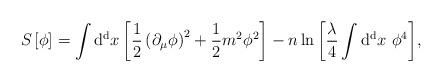
LaTeX: \begin{align*}S \left[ \phi \right] = \int {\rm d^d} x \left[ {1 \over 2} \left( \partial_{\mu} \phi \right)^2 + {1 \over 2} m^2 \phi^2 \right] - n \ln{ \left[ {\lambda \over 4} \int {\rm d^d} x \ \phi^4 \right] },\end{align*}